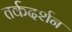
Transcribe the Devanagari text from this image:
तर्कदर्शन